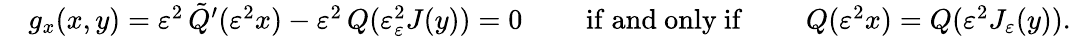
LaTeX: \begin{array}{rl}&{g_{x}(x,y)=\varepsilon^{2}\, \tilde{Q}^{\prime}(\varepsilon^{2}x)-\varepsilon^{2}\, Q(\varepsilon_{\varepsilon}^{2}J(y))=0\qquad\mathrm{~if~and~only~if~}\qquad Q(\varepsilon^{2}x)=Q(\varepsilon^{2}J_{\varepsilon}(y)).}\end{array}